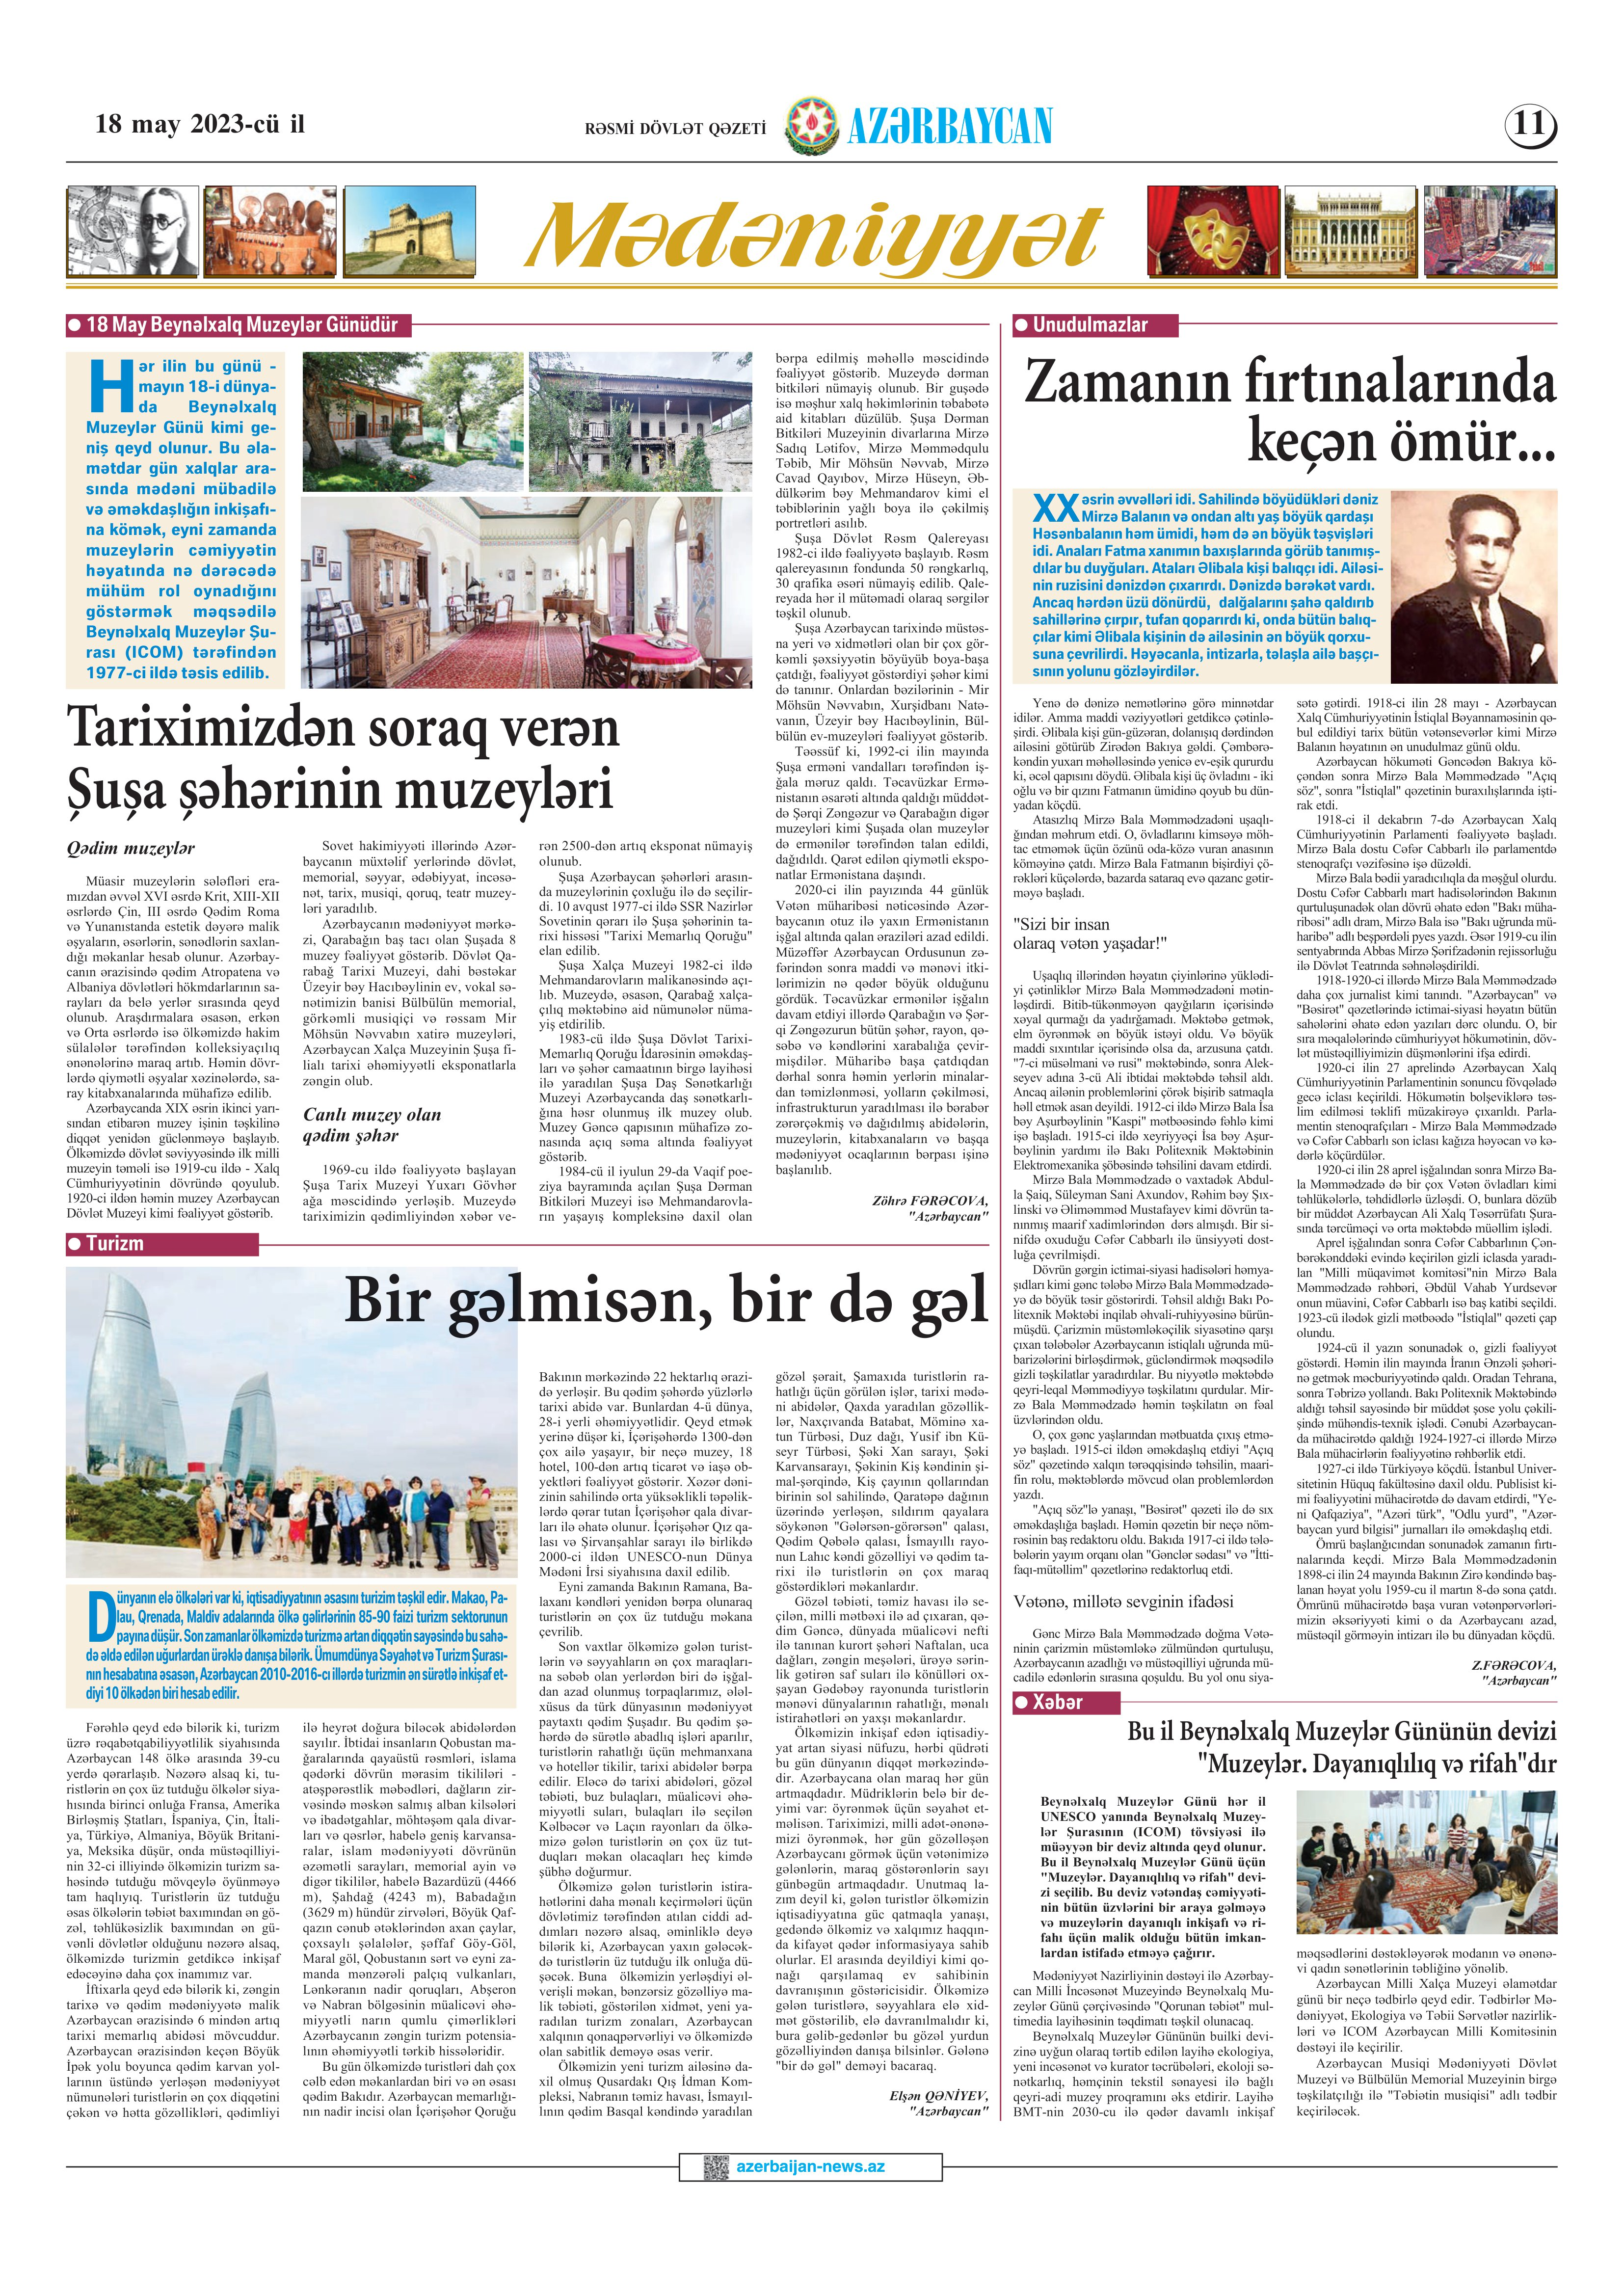
Language: az